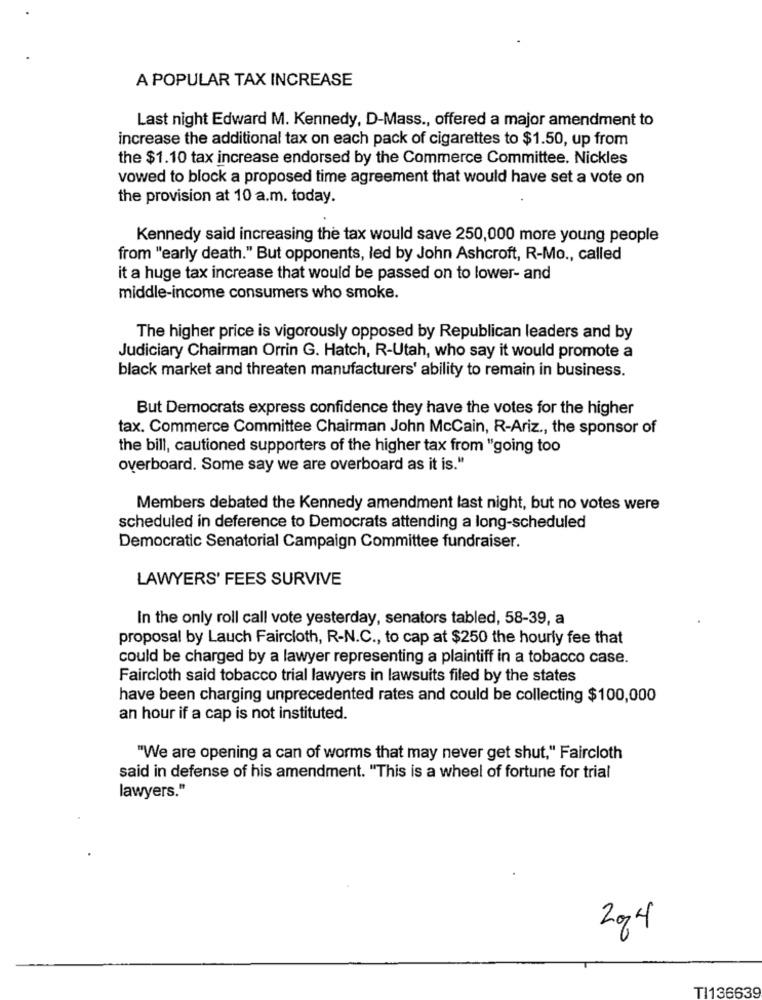
A POPULAR TAX INCREASE
Last night Edward M. Kennedy, D-Mass ., offered a major amendment to
increase the additional tax on each pack of cigarettes to $1.50, up from
the $1.10 tax increase endorsed by the Commerce Committee. Nickles
vowed to block a proposed time agreement that would have set a vote on
the provision at 10 a.m. today.
Kennedy said increasing the tax would save 250,000 more young people
from "early death." But opponents, led by John Ashcroft, R-Mo ., called
it a huge tax increase that would be passed on to lower- and
middle-income consumers who smoke.
The higher price is vigorously opposed by Republican leaders and by
Judiciary Chairman Orrin G. Hatch, R-Utah, who say it would promote a
black market and threaten manufacturers' ability to remain in business.
But Democrats express confidence they have the votes for the higher
tax. Commerce Committee Chairman John McCain, R-Ariz ., the sponsor of
the bill, cautioned supporters of the higher tax from "going too
overboard. Some say we are overboard as it is."
Members debated the Kennedy amendment last night, but no votes were
scheduled in deference to Democrats attending a long-scheduled
Democratic Senatorial Campaign Committee fundraiser.
LAWYERS' FEES SURVIVE
In the only roll call vote yesterday, senators tabled, 58-39, a
proposal by Lauch Faircloth, R-N.C ., to cap at $250 the hourly fee that
could be charged by a lawyer representing a plaintiff in a tobacco case.
Faircloth said tobacco trial lawyers in lawsuits filed by the states
have been charging unprecedented rates and could be collecting $100,000
an hour if a cap is not instituted.
"We are opening a can of worms that may never get shut," Faircloth
said in defense of his amendment. "This is a wheel of fortune for trial
lawyers."
2014
TI136639